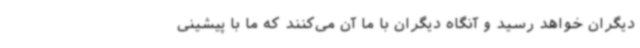
دیگران خواهد رسید و آنگاه دیگران با ما آن می‌کنند که ما با پیشینی